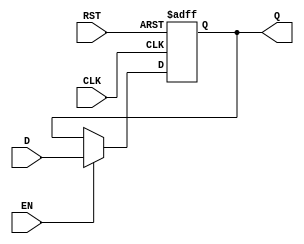
module StoreRegister (
    input wire D,       // Data Input
    input wire CLK,     // Clock
    input wire EN,      // Enable
    input wire RST,     // Asynchronous Reset
    output reg Q        // Data Output
);

// Asynchronous reset and clock edge behavior
always @(posedge CLK or posedge RST) begin
    if (RST) begin
        Q <= 1'b0;     // Reset the output Q to 0
    end else if (EN) begin
        Q <= D;        // Capture data D on the rising edge of CLK if EN is high
    end
    // If EN is low, Q retains its previous value
end

endmodule